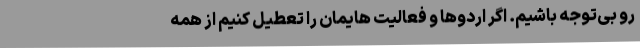
رو بی‌توجه باشیم. اگر اردوها و فعالیت هایمان را تعطیل کنیم از همه